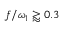
f / \omega _ { 1 } \gtrapprox 0 . 3